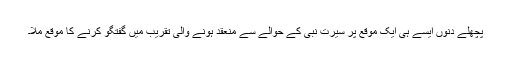
پچھلے دنوں ایسے ہی ایک موقع پر سیرت نبی کے حوالے سے منعقد ہونے والی تقریب میں گفتگو کرنے کا موقع ملا۔